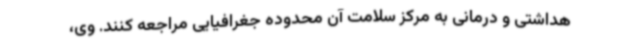
هداشتی و درمانی به مرکز سلامت آن محدوده جغرافیایی مراجعه کنند. وی،